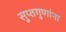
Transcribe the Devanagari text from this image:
सुप्तगुणांना